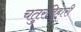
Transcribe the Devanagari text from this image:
चतुरविहारी